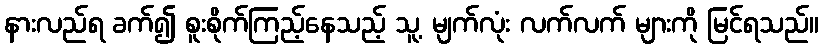
နားလည်ရ ခက်၍ စူးစိုက်ကြည့်နေသည့် သူ့ မျက်လုံး လက်လက် များကို မြင်ရသည်။